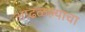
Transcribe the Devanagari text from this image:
आढळल्याचा